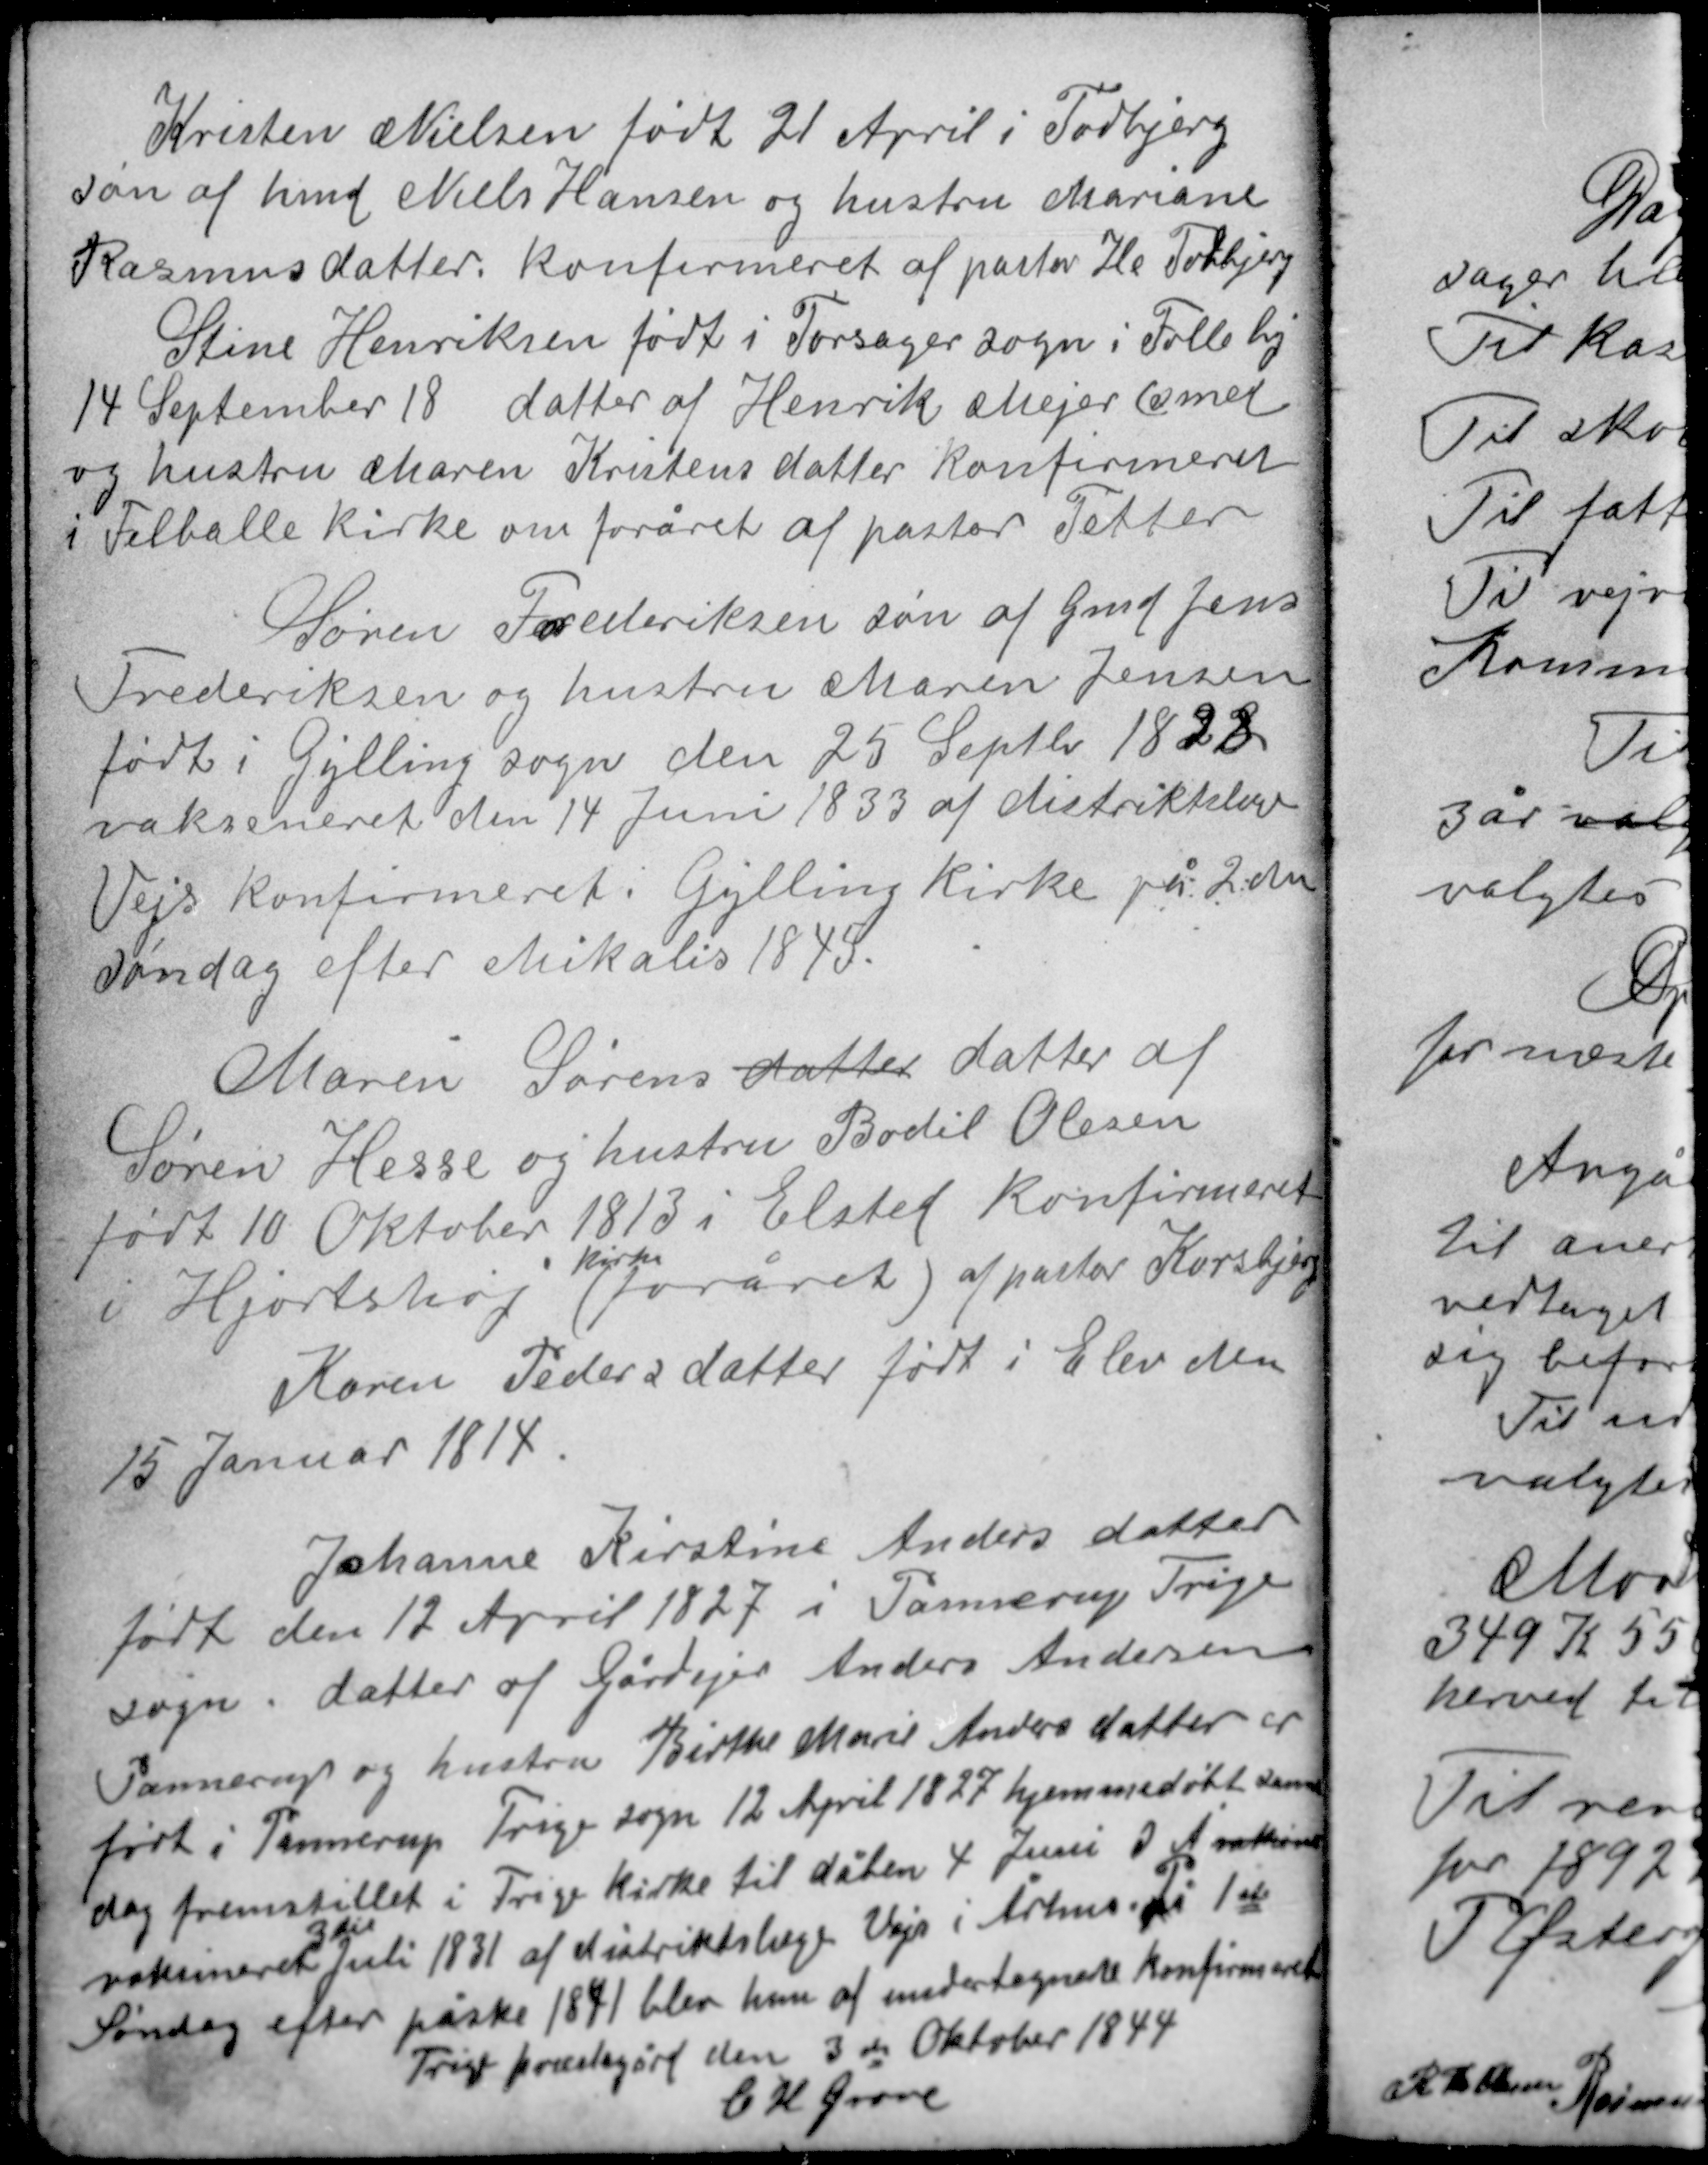
Transskription:
Kristen Nielsen født 21 April i Todbjerg
søn af hmd Niels Hansen og hustru Mariane
Rasmus datter konfirmeret af pastor He Todbjerg
Stine Henriksen født i Torsager sogn i Følle by
14 September 18 datter af Henrik Mejer (smed
og hustru Maren Kristens datter konfirmeret
i Felballe kirke om foråret af pastor Fetter

Søren Frederiksen søn af Gmd Jens
Frederiksen og hustru Maren Jensen
født i Gylling sogn den 25 September 1823
vaksineret den 14 Juni 1833 af distriktslæge
Vejs konfirmeret i Gylling kirke på 2den
søndag efter Mikalis 1845.

Maren Sørens datter datter af
Søren Hesse og hustru Bodil Olesen
født 10 Oktober 1813 i Elsted konfirmeret
kirke
i Hjortshøj (foråret) af pastor Korsbjerg
Karen Peders datter født i Elev den
15 Januar 1814

Johanne Kirstine Anders datter
født den 12 April 1827 i Pannerup Trige
sogn datter af Gårdejer Anders Andersen
Pannerup og hustru Birthe Marie Anders datter er
født i Pannerup Trige sogn 12 April 1827 hjemmedøbt samme
dag fremstillet i Trige kirke til dåben 4 Juni I A vaksi
3die
vaksineret Juli 1831 af distriktslæge Vejr i Århus. På 1ste
Søndag efter påske 1841 blev hun af undertegnede konfirmeret
Trige præstegård den 3die Oktober 1844
C K Grove